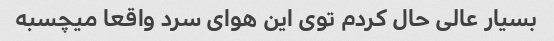
بسیار عالی حال کردم توی این هوای سرد واقعا میچسبه